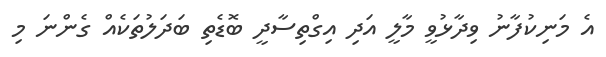
އެ މަނިކުފާނު ވިދާޅުވީ މާލީ އަދި އިގްތިސާދީ ބޮޑެތި ބަދަލުތަކެއް ގެންނަ މި